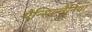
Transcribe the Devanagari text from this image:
पेन्सिल्वैनिया